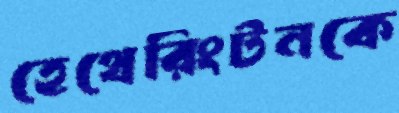
হেথেরিংটনকে